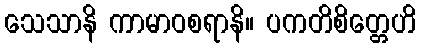
သေသာနိ ကာမာဝစရာနိ။ ပကတိစိတ္တေဟိ